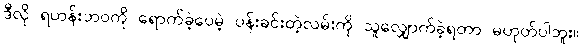
ဒီလို ရဟန်းဘဝကို ရောက်ခဲ့ပေမဲ့ ပန်းခင်းတဲ့လမ်းကို သူလျှောက်ခဲ့ရတာ မဟုတ်ပါဘူး။